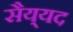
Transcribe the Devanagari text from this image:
सैय्‌यद